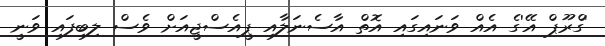
'ގްރޫޕް އޭ'ގެ އެއް ވަނައިގައި އޮތް އާސެނަލާއި ޕީއެސްޖީއަށް ވެސް ލިބިފައި ވަނީ